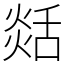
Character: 𦧡